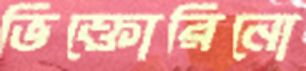
ভিক্তোরিনো